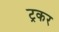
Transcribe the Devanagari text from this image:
ट्रकर